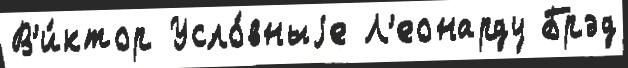
В'и́ктор Усло́вныjе Л'еонарду Брэд